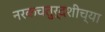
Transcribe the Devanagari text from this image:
नरकचतुर्दशीच्या